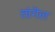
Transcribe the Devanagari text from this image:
तांगॆल